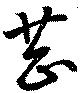
甚